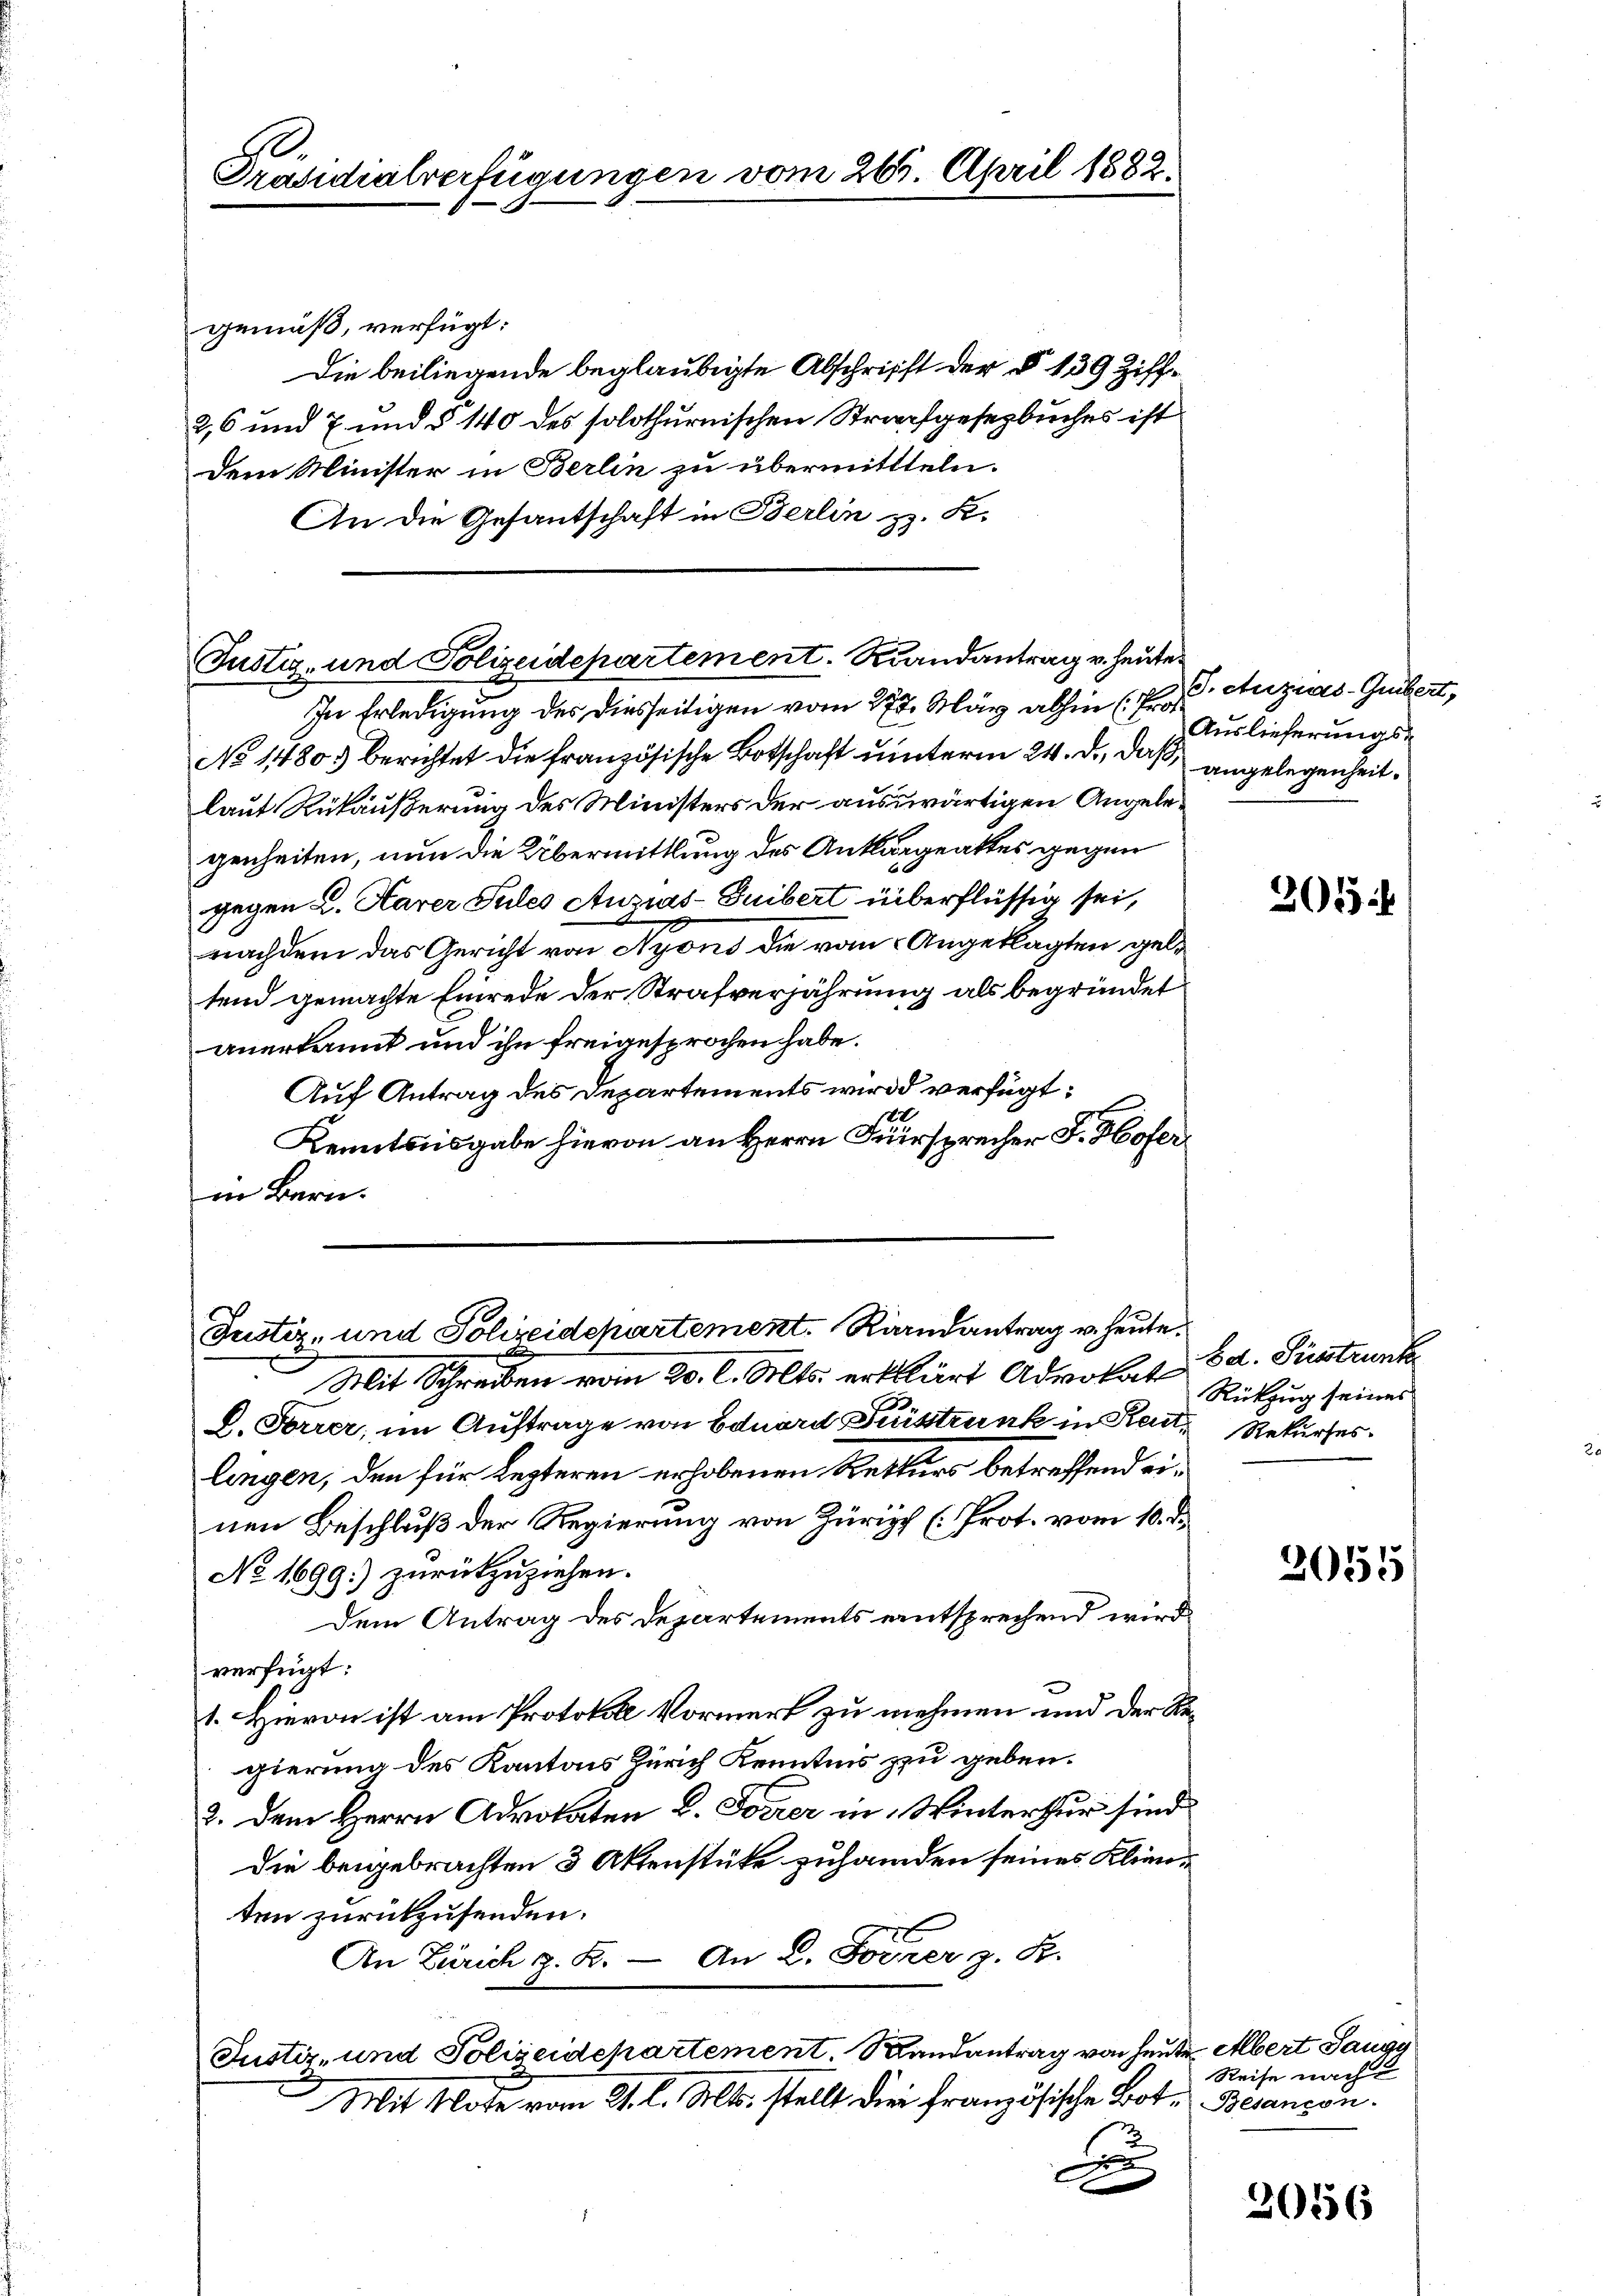
.
Präsidialverfügungen vom 263. April 1882.

gemäß, verfügt:
Die beiliegende beglaubigte Abschrifft der § 139 Ziff¬
2,6 und 7 und § 140 des solothurnischen Strafgesetzbuches ist
dem Minister in Berlin zu übermittteln.
An die Gesantschaft in Berlin z. K.

Justiz- und Polizeidepartement. Randantrag v. heute

In Erledigung der diesseitigen vom 17. März abhin (Pro
No 14805) berichtet die französische Botschaft unterm 24. d. daß angelegenheitlaut Rükäußerung des Ministers der auswärtigen Angelegenheiten, nun die Übermittlung des Ankläggeaktes gegen
gegen L. Aarer Pules Auzias-Guibert überflüssig sei,
nachdem das Gericht von Nyond die vom Angeklagten geltend gemachte Einrede der Strafverjährung als begründet
anerkannt und ihn freigesprochen habe.
Auf Antrag des Departements wird verfügt:
10
Kenntnisgabe hievon an Herrn Fürsprecher F. Hofer
in Bern.

Justiz- und Polizeidepartement. Randantrag u. heute.

S. Atuzias-Gubert,
Auslieferungs-

.
Mit Schreiben vom 20. l. Mts. erklärt Advokat Bd. Fristrunke
D. Forrer, im Auftrage von Eduard Fristrunk in Reut, Rekurses.
lingen, den für Lezteren erhobenen Retturs betreffend einen Beschluß der Regierung von Zürich (Prot. vom 10. d.
No 1699.) zurückzuziehen.
Dem Antrag des Departements entsprechend wird.
verfügt:
1. Hievon ist am Protokoll Vormerk zu nehmen und der Regierung des Kantons durch Kenntnis zu geben.
3. Dem Herrn Advokaten L. Forrer in Winterthur sind
die beigebrachten 3 Aktenstüke zuhanden seines Klinten zurückzusenden.
An Zürich z. B. — An L. Forrer z. B.
Justiz- und Polizeidepartement. Randantrag von heute Albert Jangg
Mit Note vom 21. l. Mts. stellt die französische Bote Besançon
D

301

Rükzug seines

2055

Reise nach

2016